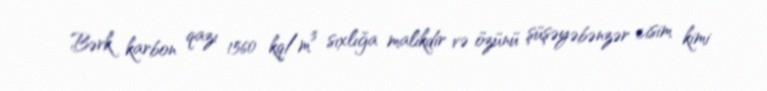
Bərk karbon qazı 1560 kq/m³ sıxlığa malikdir və özünü şüşəyəbənzər cisim kimi